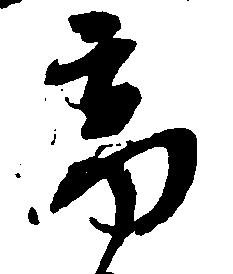
高